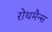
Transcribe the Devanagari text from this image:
रोथमैन्स